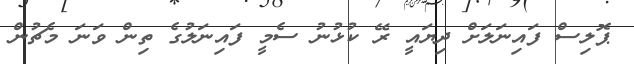
ޕޮލިސް ފައިނަލަށް ދިޔައީ ރޭ ކުޅުނު ސެމީ ފައިނަލުގެ ތިން ވަނަ މެޗުން